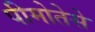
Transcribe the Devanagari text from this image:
पीमोतेसे